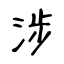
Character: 涉